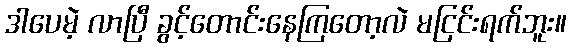
ဒါပေမဲ့ လာပြီ ခွင့်တောင်းနေကြတော့လဲ မငြင်းရက်ဘူး။